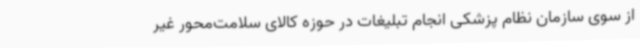
از سوی سازمان نظام پزشکی انجام تبلیغات در حوزه کالای سلامت‌محور غیر